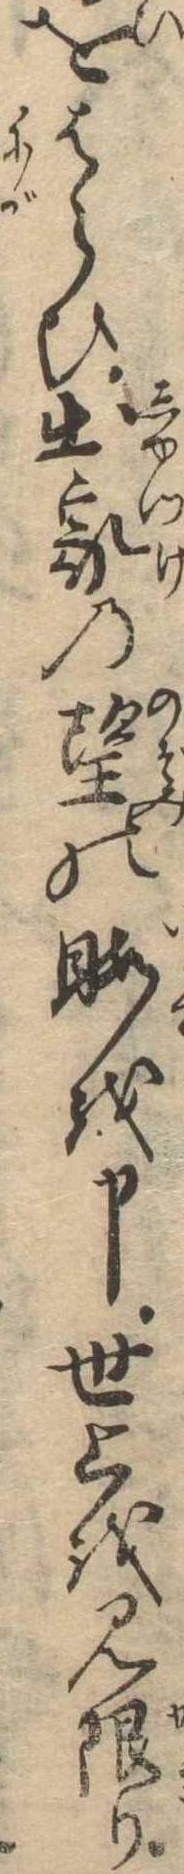
をはらひ出家の望の暇を申世上を見限り